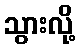
သွားလို့